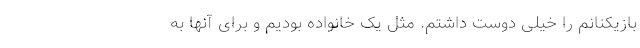
بازیکنانم را خیلی دوست داشتم. مثل یک خانواده بودیم و برای آنها به